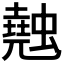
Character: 𧑣